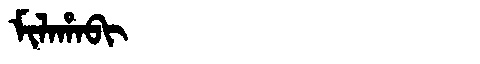
Manchu: ᠮᡳᠯᠠᡥᠠᠪᡳ
Romanization: MILAHABI